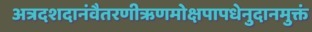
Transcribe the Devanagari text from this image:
अत्रदशदानंवैतरणीऋणमोक्षपापधेनुदानमुक्तं